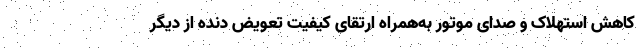
کاهش استهلاک و صدای موتور به‌همراه ارتقای کیفیت تعویض دنده از دیگر